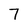
Character: 7